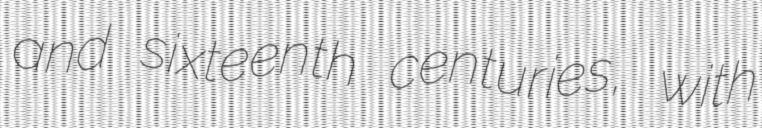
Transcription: and sixteenth centuries, with